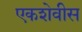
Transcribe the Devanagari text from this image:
एकशेवीस